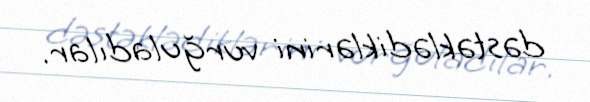
dəstəklədiklərini vurğuladılar.